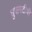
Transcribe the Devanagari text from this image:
घुसमटीची